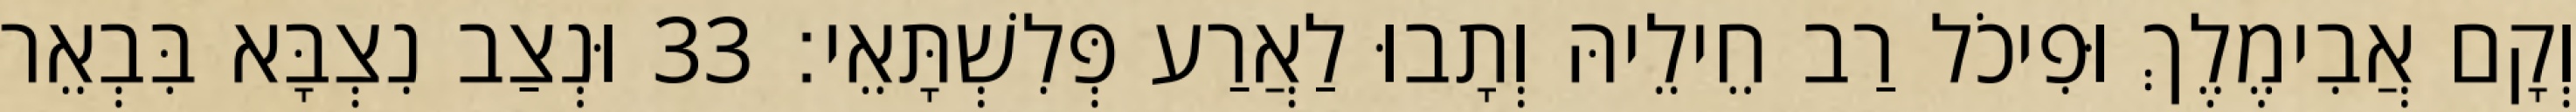
וְקָם אֲבִימֶלֶךְ וּפִיכֹל רַב חֵילֵיהּ וְתָבוּ לַאֲרַע פְּלִשְׁתָּאֵי׃ 33 וּנְצַב נִצְבָּא בִּבְאֵר